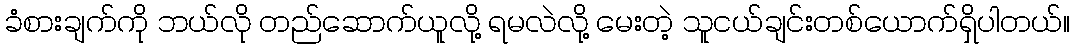
ခံစားချက်ကို ဘယ်လို တည်ဆောက်ယူလို့ ရမလဲလို့ မေးတဲ့ သူငယ်ချင်းတစ်ယောက်ရှိပါတယ်။